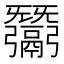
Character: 𢑋